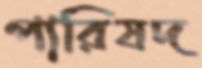
পারিষদ